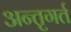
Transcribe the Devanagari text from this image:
अन्तृगर्त